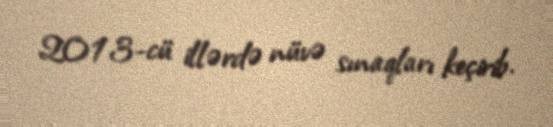
2013-cü illərdə nüvə sınaqları keçirib.